Eesti_Rahvusfond, lk 20
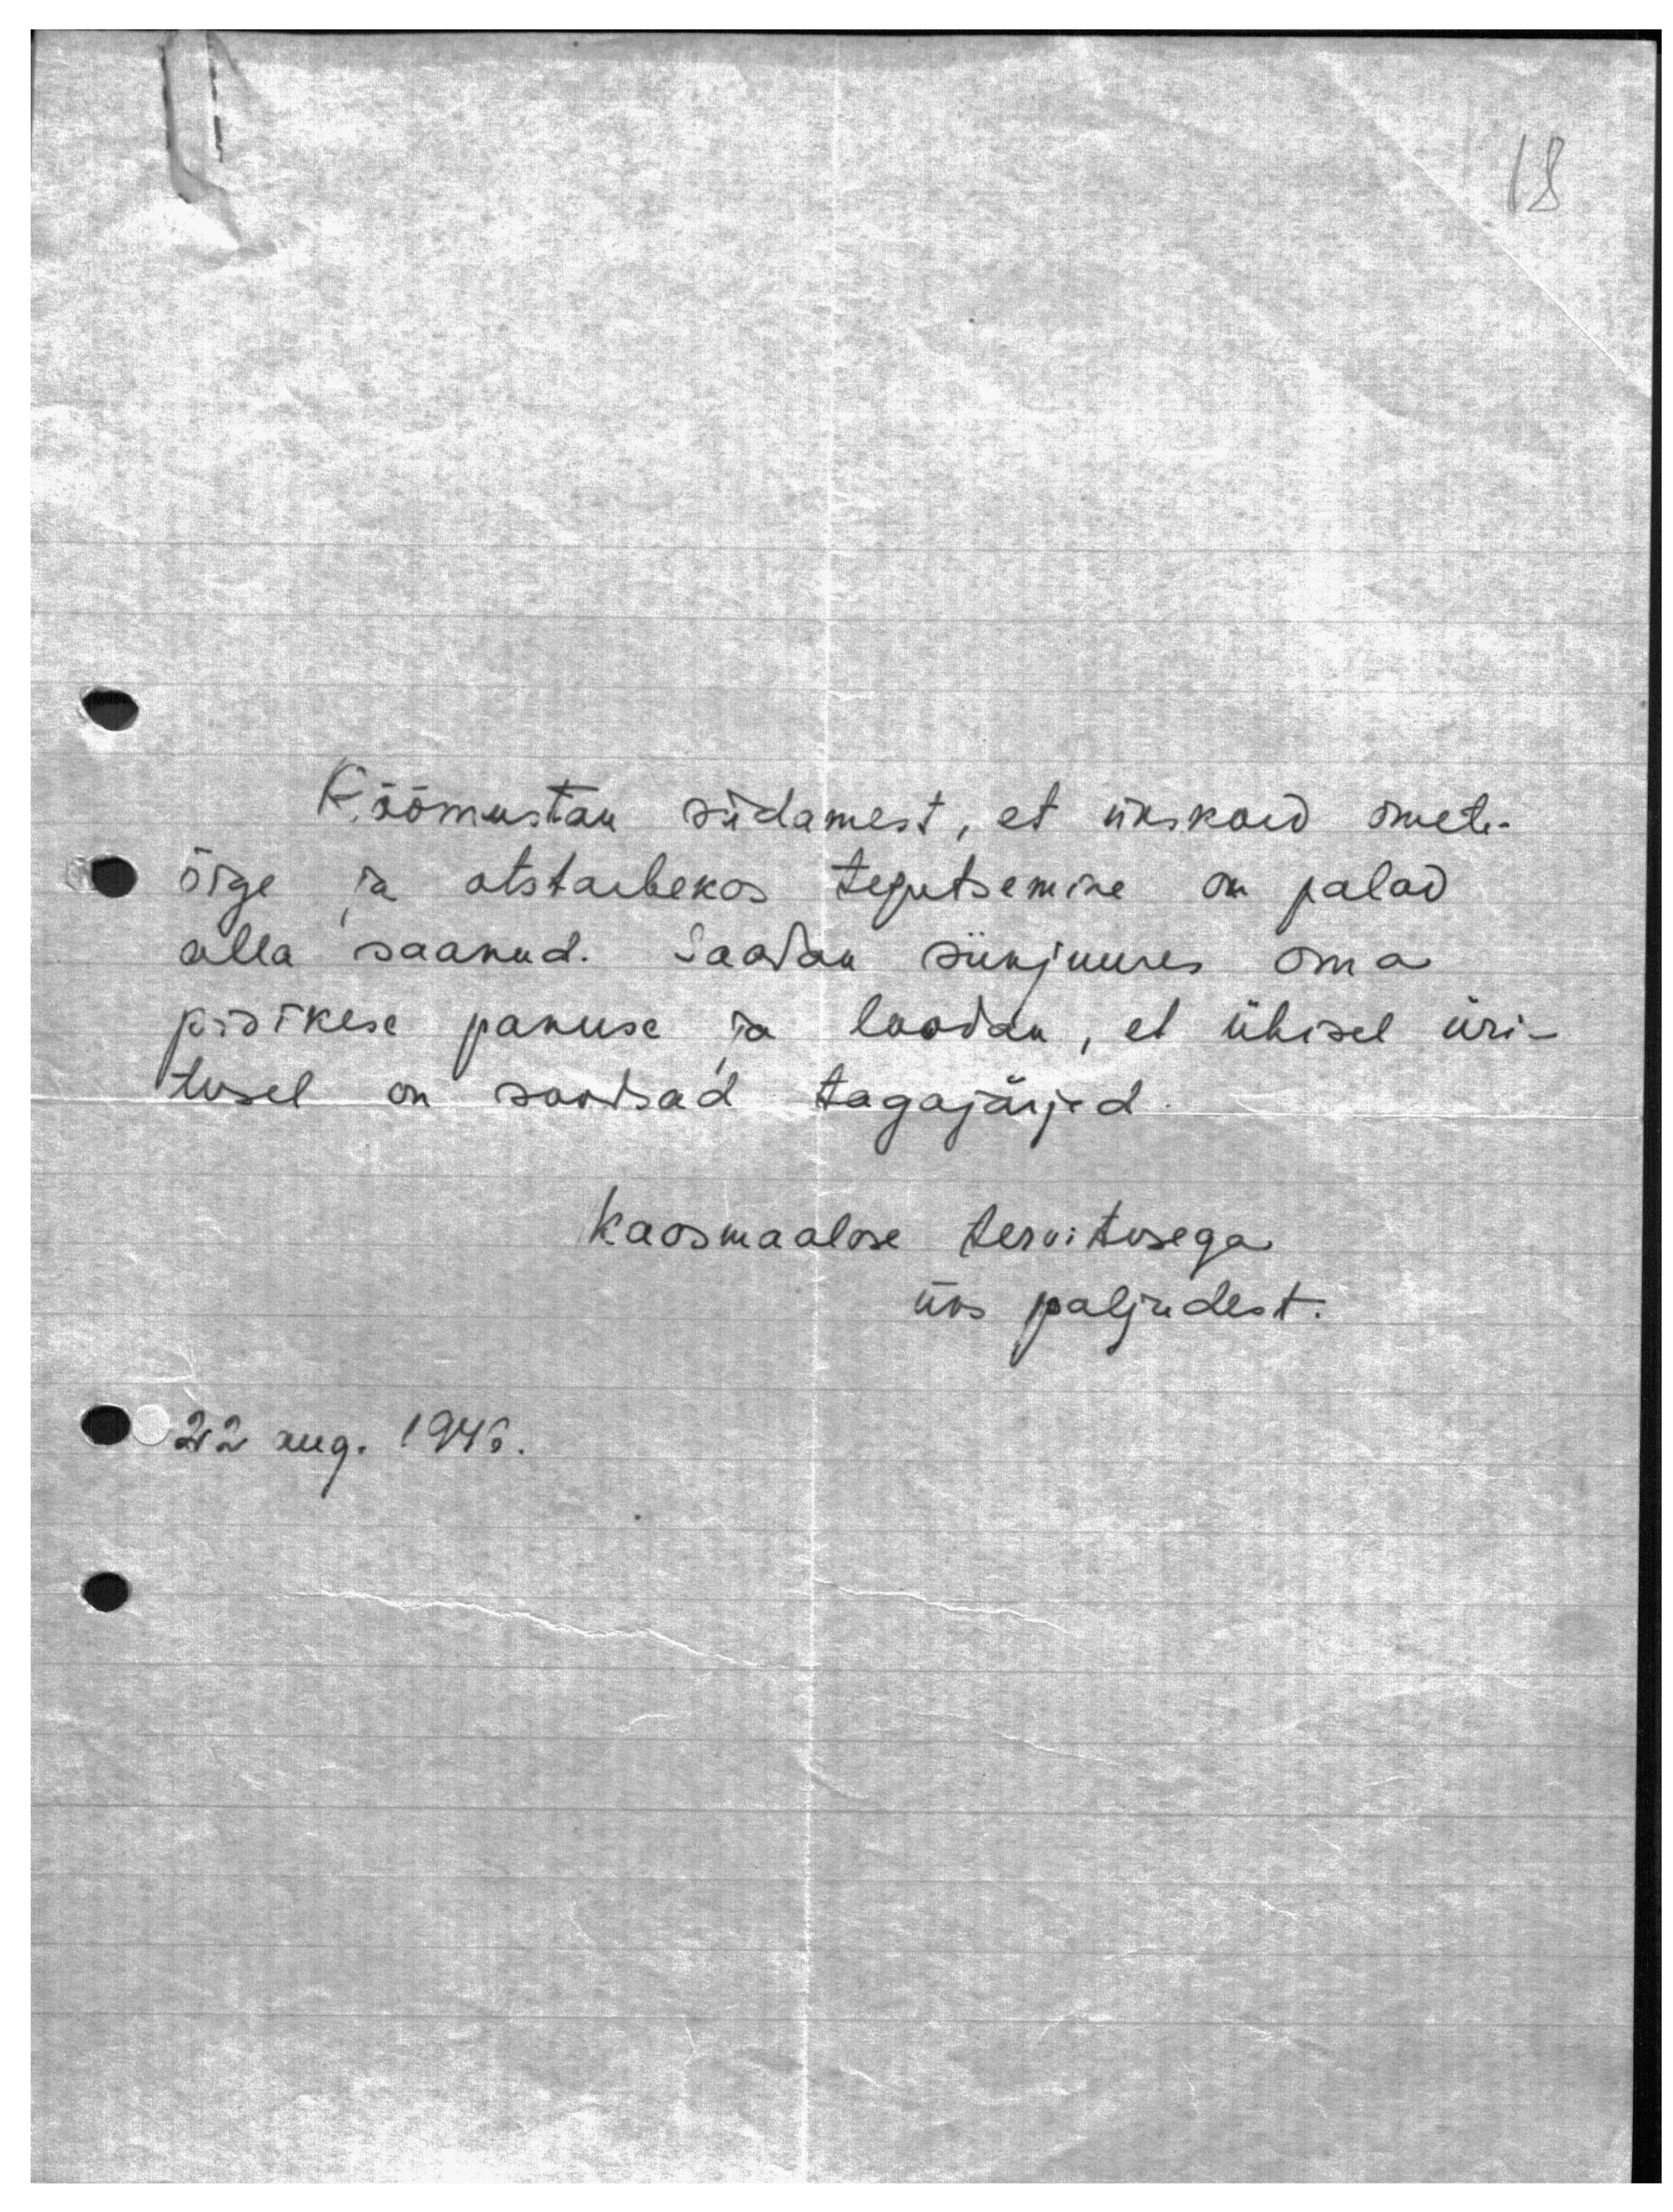
18

Rõõmustan südamest, et ükskord ometi
õige ja otstarbekas tegutsemine on jalad
alla saanud. Saadan siinjuures oma
pisikese panuse ja loodan, et ühisel üri-
tusel on soodsad tagajärjed
Kaasmaalase tervitusega
üks paljudest.

22 aug. 1946.